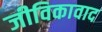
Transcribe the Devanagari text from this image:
जीविकावाद